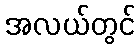
အလယ်တွင်